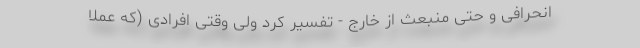
انحرافی و حتی منبعث از خارج - تفسیر کرد ولی وقتی افرادی (که عملاً